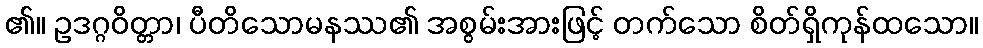
၏။ ဥဒဂ္ဂဝိတ္တာ၊ ပီတိသောမနဿ၏ အစွမ်းအားဖြင့် တက်သော စိတ်ရှိကုန်ထသော။